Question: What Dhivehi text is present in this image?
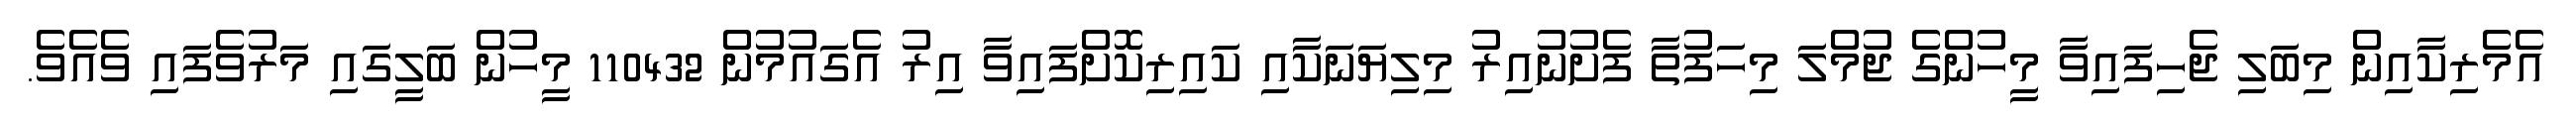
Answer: އެމެރިކާއިން މިބަލި ޖެހިފައިވާ މީހުންގެ ޖުމްލަ މިހަފުތާ ފެށުނުއިރު މިލިޔަނަކާއި ކައިރިކޮށްފައިވާ އިރު އެގައުމުން 110432 މީހުން ބަލީގައި މަރުވެފައި ވެއެވެ.